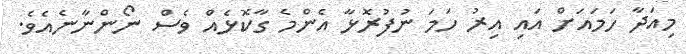
މިއަދާ ހަމައަށް އައި އިރު ހަމަ ނުފުރޮޅާ އެންމެ ގާކޮޅެއް ވެސް ނޯންނާނެއެވެ.